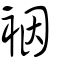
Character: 裀